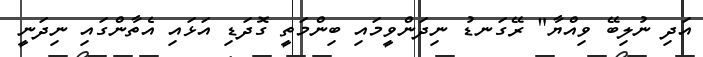
އަދި ނުލިބޭ ވިއްޔާ" ރޭގަނޑު ނިދަންވީމައި ބިންމަތީ ގޮދަޑި އަޅައި އެތާންގައި ނިދަނީ